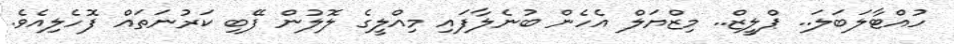
ހުއްޓާލަބަލަ.. ޕްލީޒް.. މިޒްޔަލް އެހެން ބުނެލާފައި މިއްލީގެ ލޮލުން ފޭބި ކަރުނަތައް ފޮހެލިއެވެ.